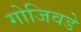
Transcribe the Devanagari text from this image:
गोजिवडे